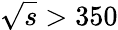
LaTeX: \sqrt{s}>350